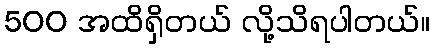
500 အထိရှိတယ် လို့သိရပါတယ်။